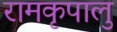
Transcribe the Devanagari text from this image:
रामकृपालु